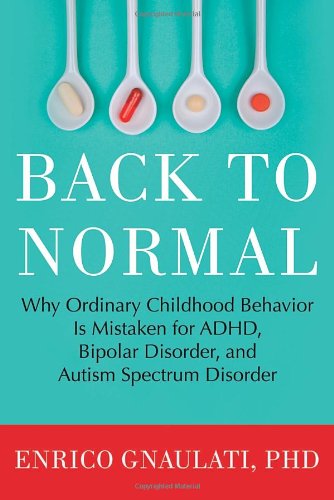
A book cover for Back to Normal: Why Ordinary Childhood Behavior Is Mistaken for ADHD, Bipolar Disorder, and Autism Spectrum Disorder; Enrico Gnaulati PhD; Health, Fitness & Dieting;